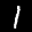
Label: 1